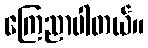
ကြေညာပါတယ်။